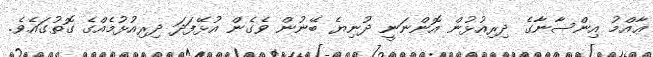
ޢާއްމު އިންސާނާގެ ދިރިއުޅުން އޮންނަނީ ދުނިޔެ ބޭނުން ވެގެން އުޅޭފަދަ ދިރިއުޅުމެއްގެ ގޮތުގައެވެ.